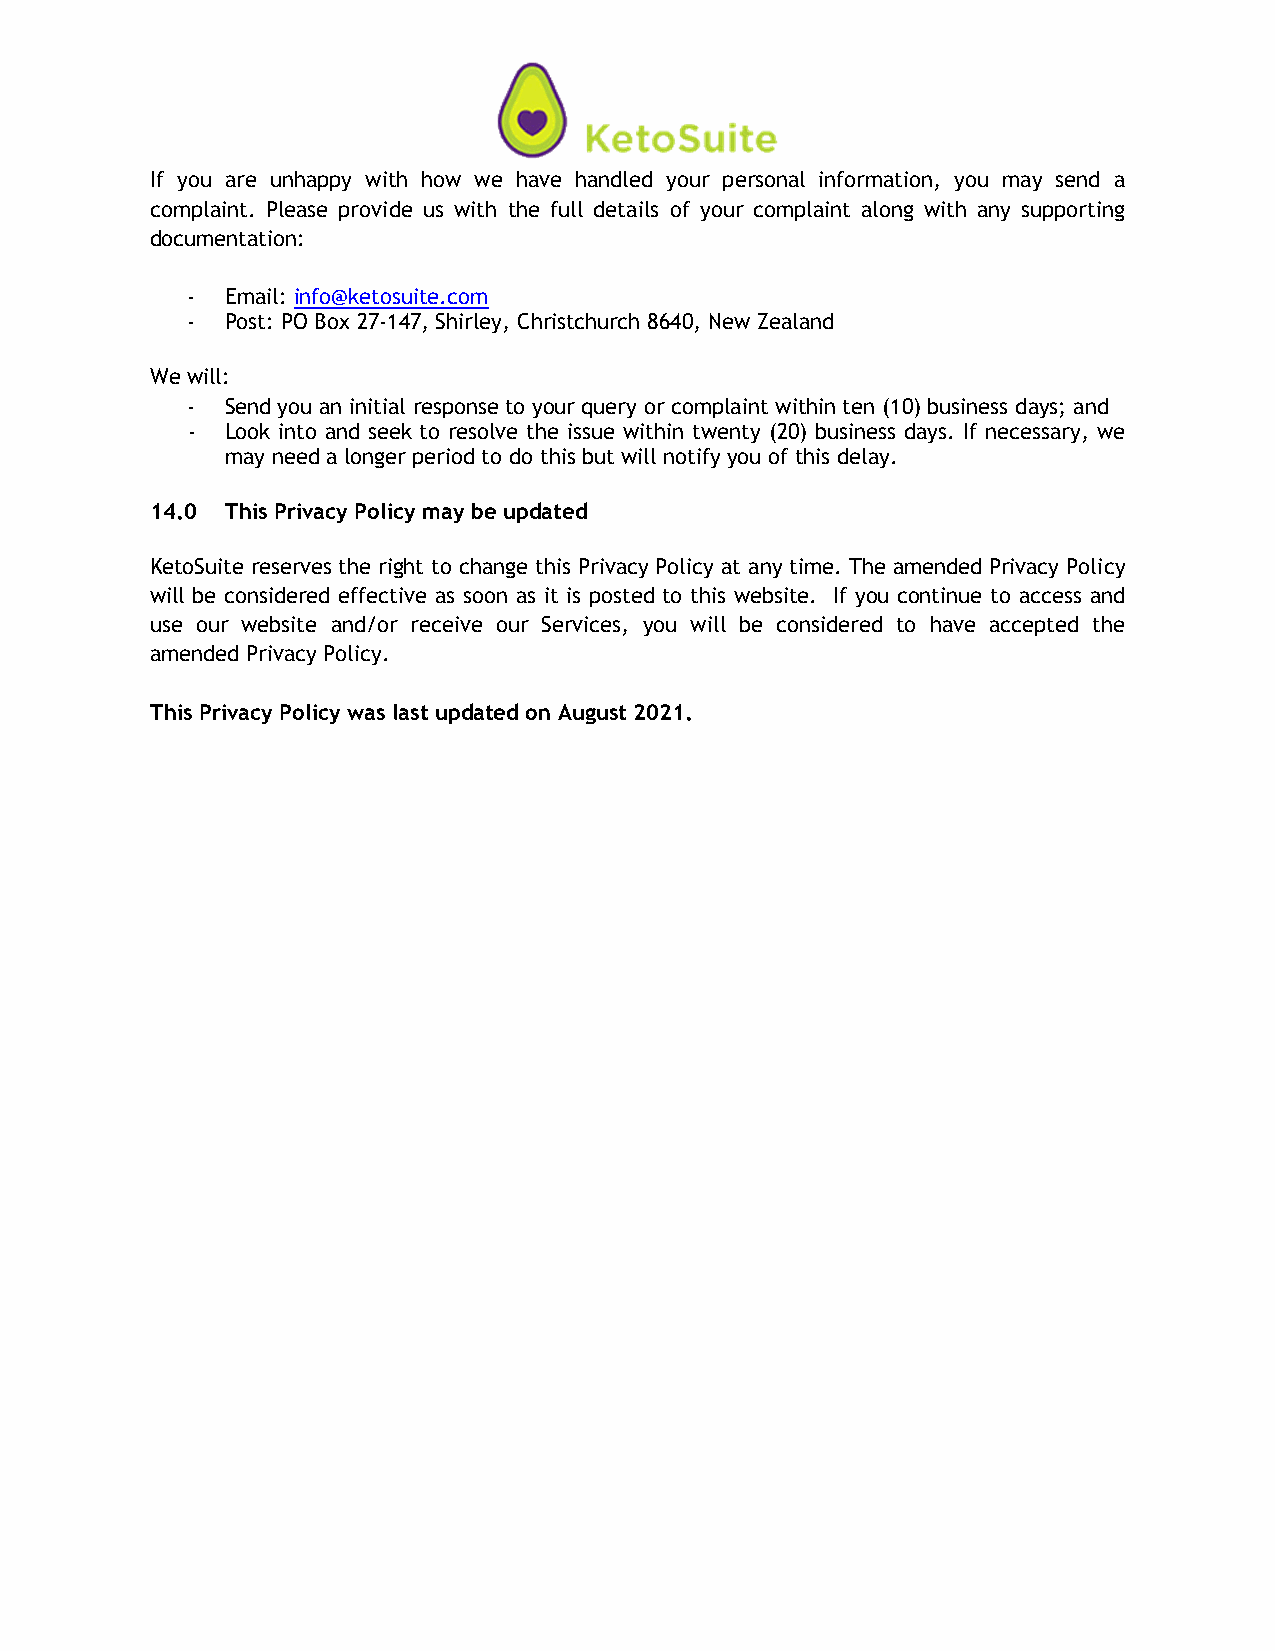
If you are unhappy with how we have handled your personal information, you may send a
 complaint. Please provide us with the full details of your complaint along with any supporting
 documentation:
 -  Email: info@ketosuite.com
 -  Post: PO Box 27-147, Shirley, Christchurch 8640, New Zealand
 We will:
 -  Send you an initial response to your query or complaint within ten (10) business days; and
 -  Look into and seek to resolve the issue within twenty (20) business days. If necessary, we
 may need a longer period to do this but will notify you of this delay.
 14.0 This Privacy Policy may be updated
 KetoSuite reserves the right to change this Privacy Policy at any time. The amended Privacy Policy
 will be considered effective as soon as it is posted to this website. If you continue to access and
 use our website and/or receive our Services, you will be considered to have accepted the
 amended Privacy Policy.
 This Privacy Policy was last updated on August 2021.